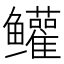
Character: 𬶺